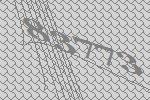
83773